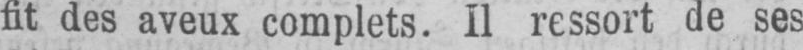
fit des aveux complets. Il ressort de ses